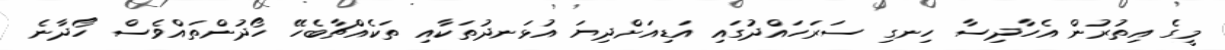
މީގެ އިތުރުން އެހާދިސާ ހިނގި ސަރަހައްދުގައި އަޑިއަށްދިޔަ އުޅަނދުތަކާއި ތަކެއްޗާބެހޭ ހޯދުންތައްވެސް ހޯދާނެ